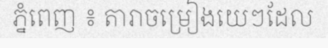
ភ្នំពេញ ៖ តារាចម្រៀងយេៗដែល